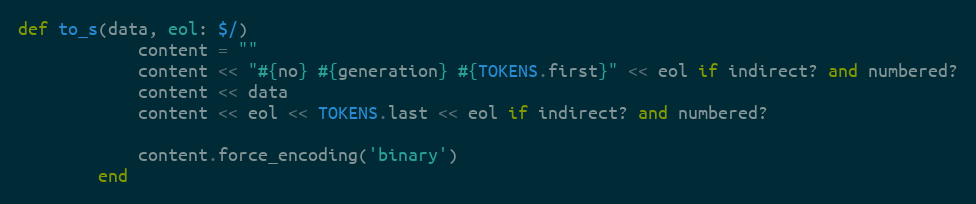
Language: Ruby
def to_s(data, eol: $/)
            content = ""
            content << "#{no} #{generation} #{TOKENS.first}" << eol if indirect? and numbered?
            content << data
            content << eol << TOKENS.last << eol if indirect? and numbered?

            content.force_encoding('binary')
        end